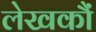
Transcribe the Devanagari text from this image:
लेखकौं